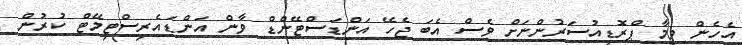
އެހެން ވީމާ ޕްރޮޑިއުސަރުންނަށް ވެސް އެބަ ޖެހޭ އަންޑަސްޓޭންޑް ވާން އަންޑައެރިސްޓިމޭޓް ކުރުން